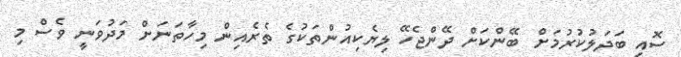
ސޮއި ބަދަލުކުރުމަށް ބޭންކަށް ދޭންޖެހޭ ލިޔެކިއުންތަކުގެ ތެރެއިން މިހާތަނަށް މަދުވަނީ ވެސް މި